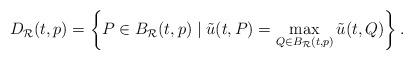
LaTeX: \begin{align*}D_\mathcal{R}(t,p)=\left\{ P\in B_\mathcal{R}(t,p) \mid \tilde{u}(t,P)=\max_{Q\in B_\mathcal{R}(t,p)}\tilde{u}(t,Q) \right\}.\end{align*}